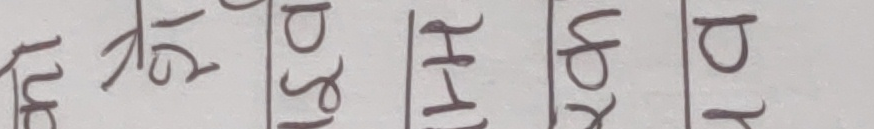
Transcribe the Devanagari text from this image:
बितु नाथो परि हीते याँखो परे